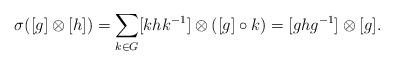
LaTeX: \begin{align*}\sigma ([g] \otimes [h]) = \sum_{k \in G} [ k h k^{-1} ] \otimes ([g] \circ k) = [g h g^{-1}] \otimes [g]. \end{align*}